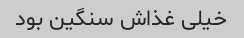
خیلی غذاش سنگین بود